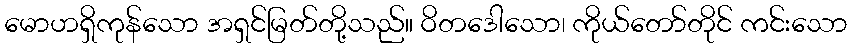
မောဟရှိကုန်သော အရှင်မြတ်တို့သည်။ ဝိတဒေါသော၊ ကိုယ်တော်တိုင် ကင်းသော